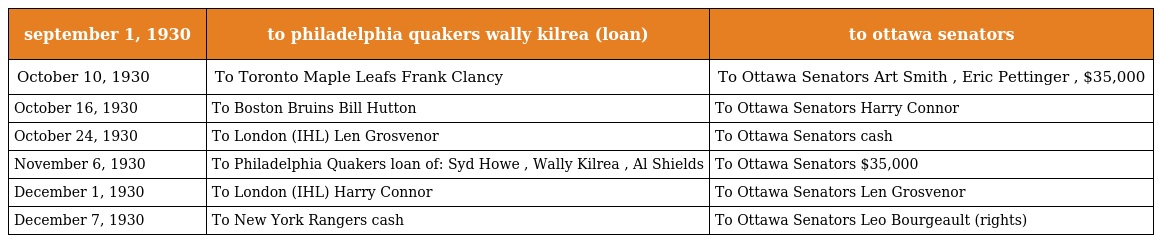
| september 1, 1930 | to philadelphia quakers wally kilrea (loan) | to ottawa senators |
 | --- | --- | --- |
 | October 10, 1930 | To Toronto Maple Leafs Frank Clancy | To Ottawa Senators Art Smith , Eric Pettinger , $35,000 |
 | October 16, 1930 | To Boston Bruins Bill Hutton | To Ottawa Senators Harry Connor |
 | October 24, 1930 | To London (IHL) Len Grosvenor | To Ottawa Senators cash |
 | November 6, 1930 | To Philadelphia Quakers loan of: Syd Howe , Wally Kilrea , Al Shields | To Ottawa Senators $35,000 |
 | December 1, 1930 | To London (IHL) Harry Connor | To Ottawa Senators Len Grosvenor |
 | December 7, 1930 | To New York Rangers cash | To Ottawa Senators Leo Bourgeault (rights) |